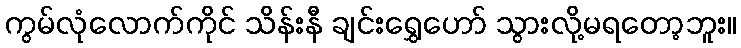
ကွမ်လုံလောက်ကိုင် သိန်းနီ ချင်းရွှေဟော် သွားလို့မရတော့ဘူး။